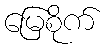
မြေစိုက်